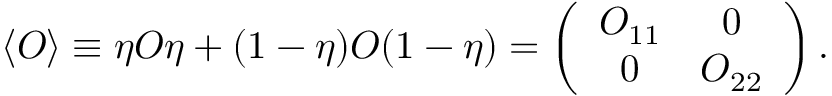
\langle O \rangle \equiv \eta O \eta + ( 1 - \eta ) O ( 1 - \eta ) = \left( \begin{array} { c c } { { O _ { 1 1 } } } & { { 0 } } \\ { { 0 } } & { { O _ { 2 2 } } } \end{array} \right) .